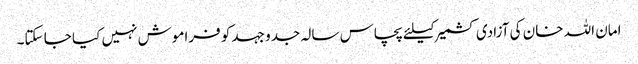
امان اللہ خان کی آزادی کشمیر کیلئے پچاس سالہ جدو جہد کو فراموش نہیں کیا جا سکتا۔